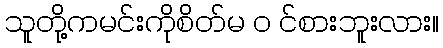
သူတို့ကမင်းကိုစိတ်မ ၀ င်စားဘူးလား။